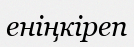
еніңкіреп